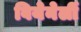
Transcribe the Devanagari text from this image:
वियेनेर्ली